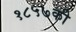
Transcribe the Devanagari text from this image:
१८५७की